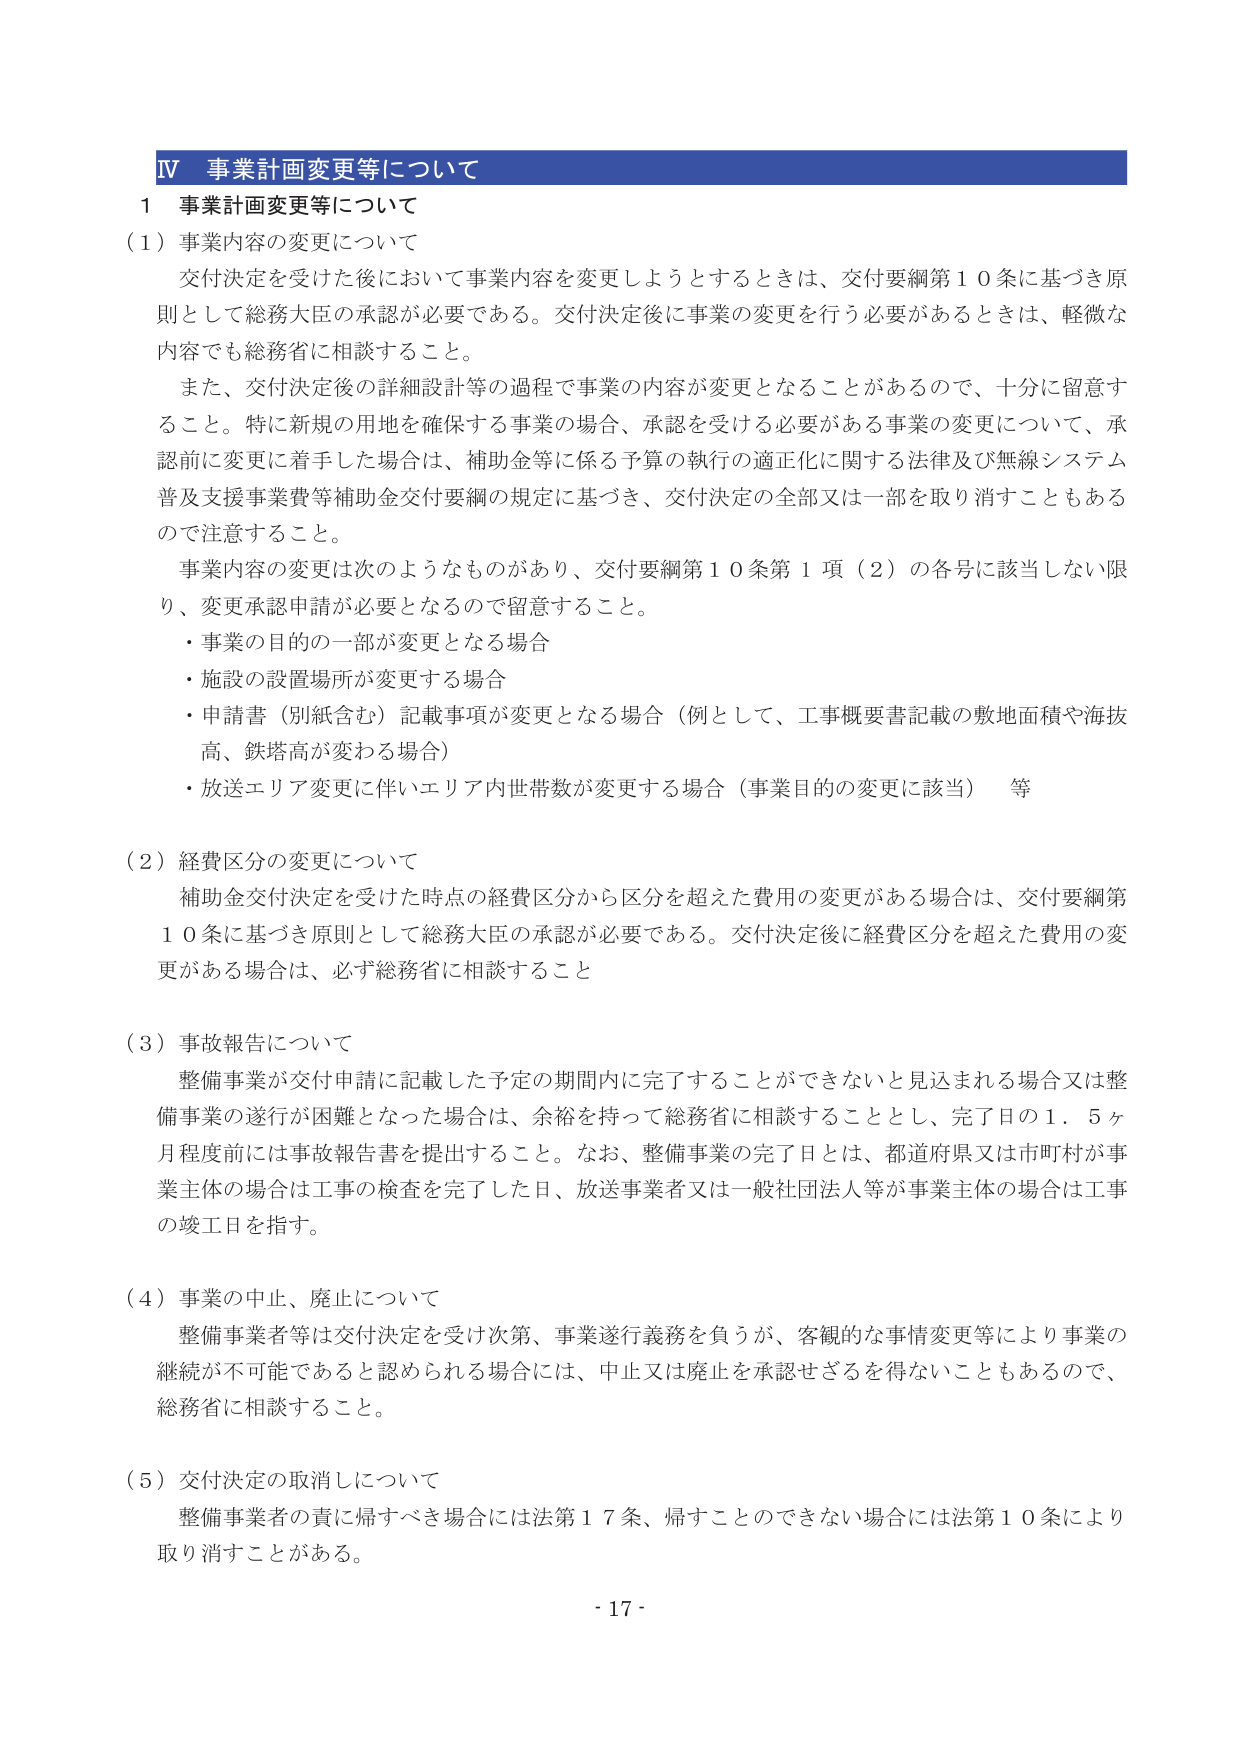
Ⅳ 事業計画変更等について

１ 事業計画変更等について

（１）事業内容の変更について

交付決定を受けた後において事業内容を変更しようとするときは、交付要綱第１０条に基づき原則として総務大臣の承認が必要である。交付決定後に事業の変更を行う必要があるときは、軽微な内容でも総務省に相談すること。

また、交付決定後の詳細設計等の過程で事業の内容が変更となることがあるので、十分に留意すること。特に新規の用地を確保する事業の場合、承認を受ける必要がある事業の変更について、承認前に変更に着手した場合は、補助金等に係る予算の執行の適正化に関する法律及び無線システム普及支援事業費等補助金交付要綱の規定に基づき、交付決定の全部又は一部を取り消すこともあるので注意すること。

事業内容の変更は次のようなものがあり、交付要綱第１０条第１項（２）の各号に該当しない限り、変更承認申請が必要となるので留意すること。

・事業の目的の一部が変更となる場合

・施設の設置場所が変更する場合

・申請書（別紙含む）記載事項が変更となる場合（例として、工事概要書記載の敷地面積や海抜高、鉄塔高が変わる場合）

・放送エリア変更に伴いエリア内世帯数が変更する場合（事業目的の変更に該当）　等

（２）経費区分の変更について

補助金交付決定を受けた時点の経費区分から区分を超えた費用の変更がある場合は、交付要綱第１０条に基づき原則として総務大臣の承認が必要である。交付決定後に経費区分を超えた費用の変更がある場合は、必ず総務省に相談すること

（３）事故報告について

整備事業が交付申請に記載した予定の期間内に完了することができないと見込まれる場合又は整備事業の遂行が困難となった場合は、余裕を持って総務省に相談することとし、完了日の１．５ヶ月程度前には事故報告書を提出すること。なお、整備事業の完了日とは、都道府県又は市町村が事業主体の場合は工事の検査を完了した日、放送事業者又は一般社団法人等が事業主体の場合は工事の竣工日を指す。

（４）事業の中止、廃止について

整備事業者等は交付決定を受け次第、事業遂行義務を負うが、客観的な事情変更等により事業の継続が不可能であると認められる場合には、中止又は廃止を承認せざるを得ないこともあるので、総務省に相談すること。

（５）交付決定の取消しについて

整備事業者の責に帰すべき場合には法第１７条、帰すことのできない場合には法第１０条により取り消すことがある。

- 17 -